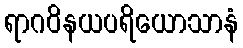
ရာဂဝိနယပရိယောသာနံ